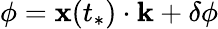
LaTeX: \phi=\mathbf{x}(t_{*})\cdot\mathbf{k}+\delta\phi